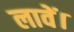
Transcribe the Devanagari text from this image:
लावें।